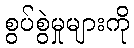
စွပ်စွဲမှုများကို